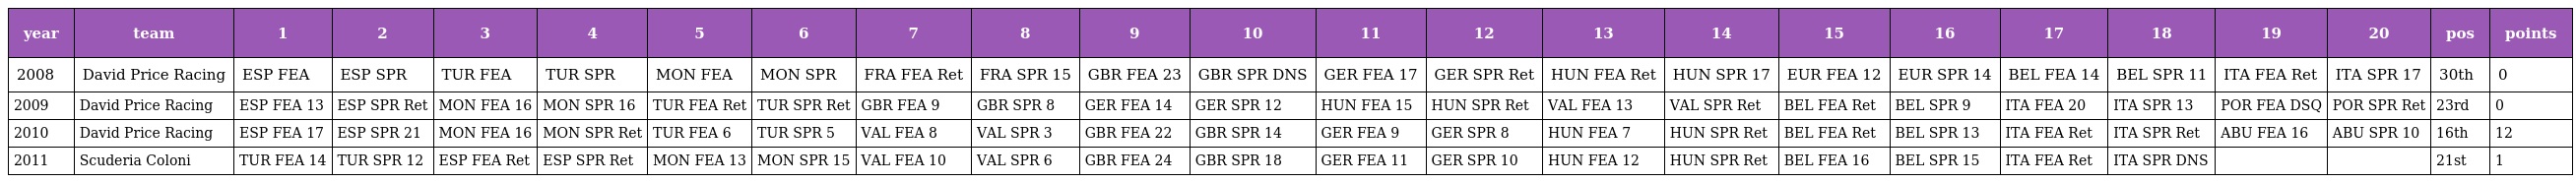
| year | team | 1 | 2 | 3 | 4 | 5 | 6 | 7 | 8 | 9 | 10 | 11 | 12 | 13 | 14 | 15 | 16 | 17 | 18 | 19 | 20 | pos | points |
 | --- | --- | --- | --- | --- | --- | --- | --- | --- | --- | --- | --- | --- | --- | --- | --- | --- | --- | --- | --- | --- | --- | --- | --- |
 | 2008 | David Price Racing | ESP FEA | ESP SPR | TUR FEA | TUR SPR | MON FEA | MON SPR | FRA FEA Ret | FRA SPR 15 | GBR FEA 23 | GBR SPR DNS | GER FEA 17 | GER SPR Ret | HUN FEA Ret | HUN SPR 17 | EUR FEA 12 | EUR SPR 14 | BEL FEA 14 | BEL SPR 11 | ITA FEA Ret | ITA SPR 17 | 30th | 0 |
 | 2009 | David Price Racing | ESP FEA 13 | ESP SPR Ret | MON FEA 16 | MON SPR 16 | TUR FEA Ret | TUR SPR Ret | GBR FEA 9 | GBR SPR 8 | GER FEA 14 | GER SPR 12 | HUN FEA 15 | HUN SPR Ret | VAL FEA 13 | VAL SPR Ret | BEL FEA Ret | BEL SPR 9 | ITA FEA 20 | ITA SPR 13 | POR FEA DSQ | POR SPR Ret | 23rd | 0 |
 | 2010 | David Price Racing | ESP FEA 17 | ESP SPR 21 | MON FEA 16 | MON SPR Ret | TUR FEA 6 | TUR SPR 5 | VAL FEA 8 | VAL SPR 3 | GBR FEA 22 | GBR SPR 14 | GER FEA 9 | GER SPR 8 | HUN FEA 7 | HUN SPR Ret | BEL FEA Ret | BEL SPR 13 | ITA FEA Ret | ITA SPR Ret | ABU FEA 16 | ABU SPR 10 | 16th | 12 |
 | 2011 | Scuderia Coloni | TUR FEA 14 | TUR SPR 12 | ESP FEA Ret | ESP SPR Ret | MON FEA 13 | MON SPR 15 | VAL FEA 10 | VAL SPR 6 | GBR FEA 24 | GBR SPR 18 | GER FEA 11 | GER SPR 10 | HUN FEA 12 | HUN SPR Ret | BEL FEA 16 | BEL SPR 15 | ITA FEA Ret | ITA SPR DNS |  |  | 21st | 1 |